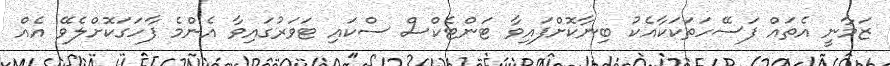
ޒަމާނީ އެތައް ފަސޭހަތަކަކާއެކު ބިނާކޮށްފައިވާ ޓަންޓެކްސް ސްކައި ޓަވަރުގައިވާ އެންމެ ފާހަގަކޮށްލެވޭ އެއް